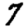
Digit: 7